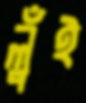
লুঁই